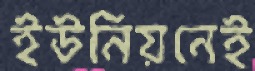
ইউনিয়নেই